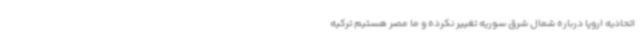
اتحادیه اروپا درباره شمال شرق سوریه تغییر نکرده و ما مصر هستیم ترکیه